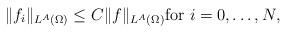
LaTeX: \begin{align*} \|f_i\|_{L^A(\Omega)}\leq C\|f\|_{L^A(\Omega)} \hbox{for $i=0, \dots ,N$,}\end{align*}